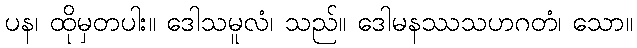
ပန၊ ထိုမှတပါး။ ဒေါသမူလံ၊ သည်။ ဒေါမနဿသဟဂတံ၊ သော။